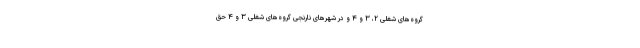
گروه‌های شغلی ۲، ۳ و ۴ و در شهرهای نارنجی گروه‌های شغلی ۳ و ۴ حق